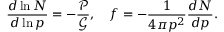
\frac { d \ln N } { d \ln p } = - \frac { \mathcal { P } } { \mathcal { G } } , \ \ \ f = - \frac { 1 } { 4 \pi p ^ { 2 } } \frac { d N } { d p } .